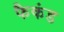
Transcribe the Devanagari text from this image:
फैकंड